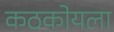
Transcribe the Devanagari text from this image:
कठकोयला